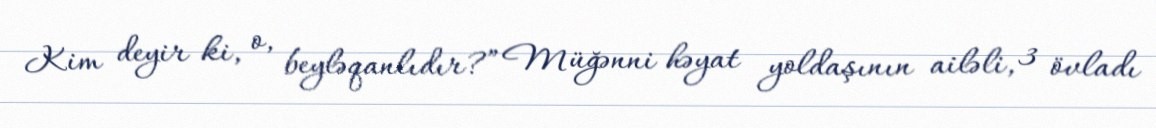
Kim deyir ki, o, beyləqanlıdır?” Müğənni həyat yoldaşının ailəli, 3 övladı